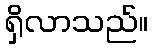
ရှိလာသည်။